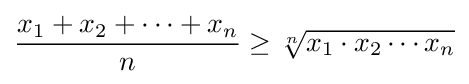
{\frac {x_{1}+x_{2}+\cdots +x_{n}}{n}}\geq {\sqrt[{n}]{x_{1}\cdot x_{2}\cdots x_{n}}}